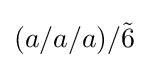
(a/a/a)/{\tilde {6}}